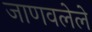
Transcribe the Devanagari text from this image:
जाणवलेले